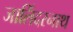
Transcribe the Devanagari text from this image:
जालिँदरनाथ